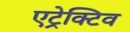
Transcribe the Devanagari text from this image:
एट्रेक्टिव